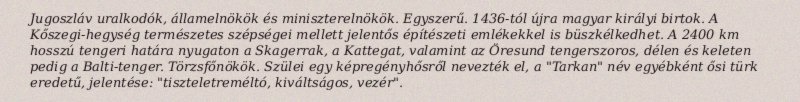
Jugoszláv uralkodók, államelnökök és miniszterelnökök. Egyszerű. 1436-tól újra magyar királyi birtok. A Kőszegi-hegység természetes szépségei mellett jelentős építészeti emlékekkel is büszkélkedhet. A 2400 km hosszú tengeri határa nyugaton a Skagerrak, a Kattegat, valamint az Öresund tengerszoros, délen és keleten pedig a Balti-tenger. Törzsfőnökök. Szülei egy képregényhősről nevezték el, a "Tarkan" név egyébként ősi türk eredetű, jelentése: "tiszteletreméltó, kiváltságos, vezér".